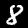
Digit: 8